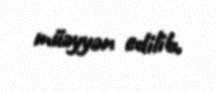
müəyyən edilib.